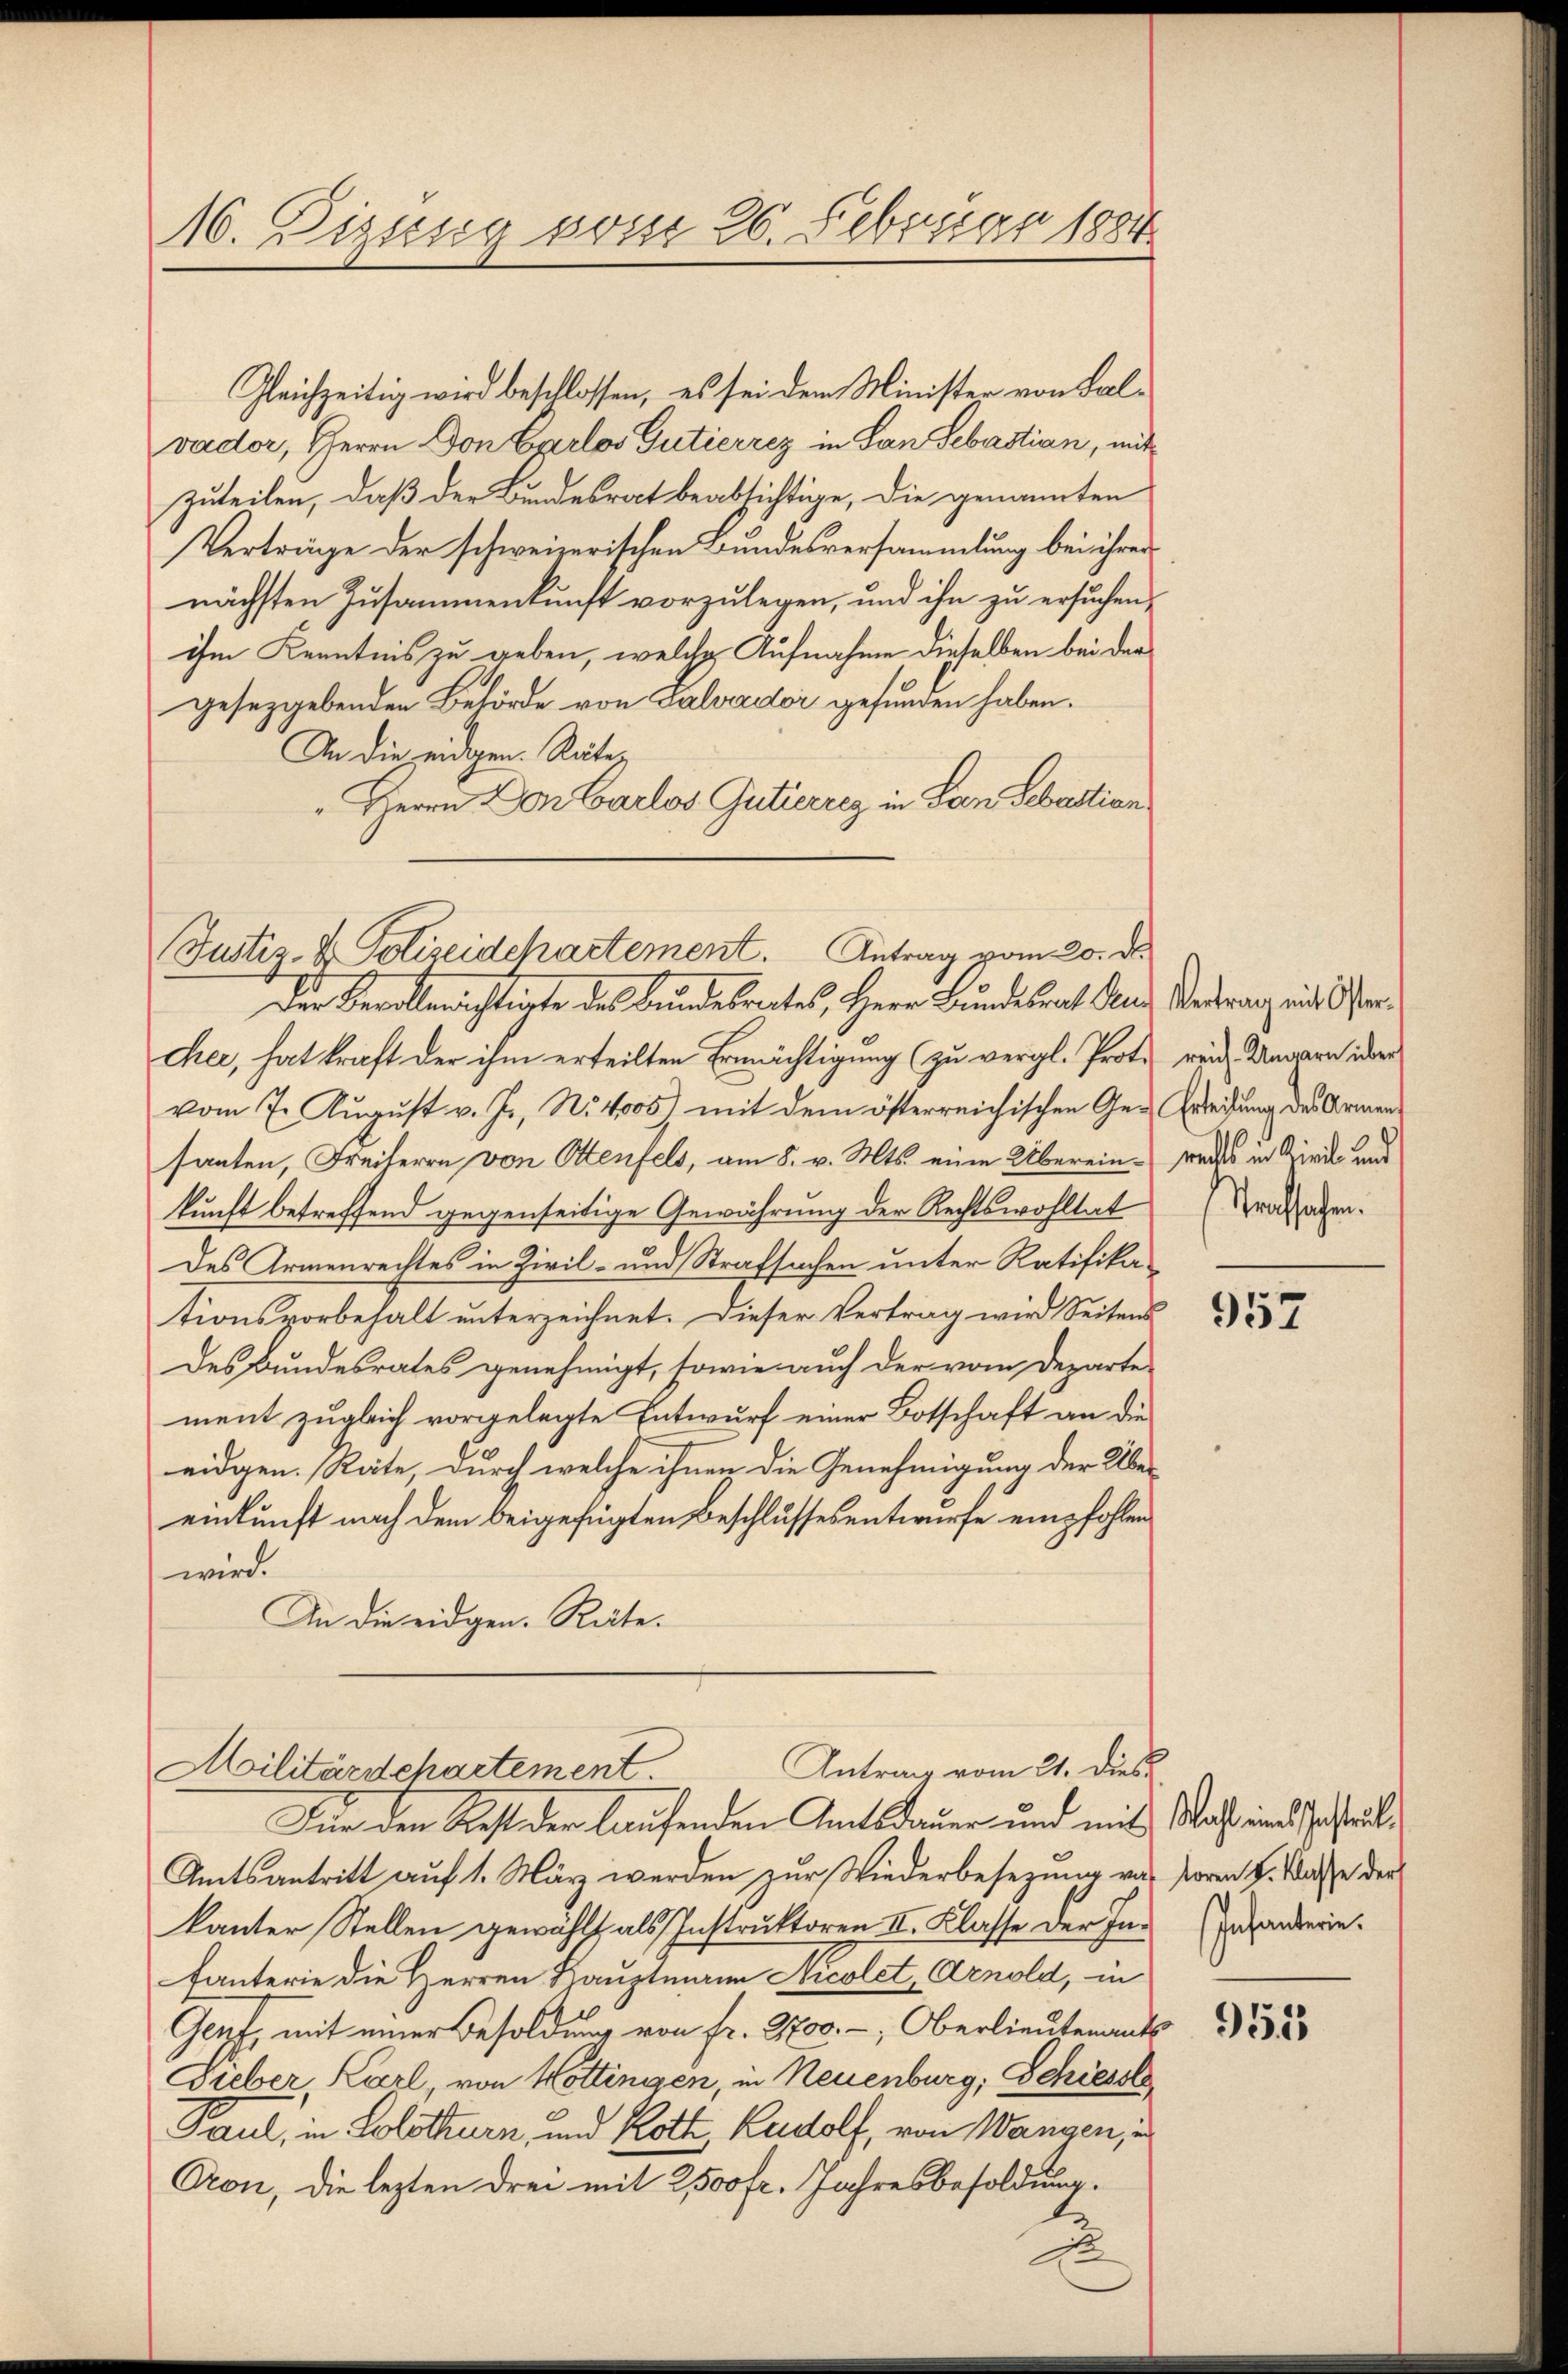
Gleichzeitig wird beschlossen, es sei dem Minister von Falvader, Herrn Don Carlos Gutierrez in San Sebastian, mit
zuteilen, daß der Bundesrat beabsichtige, die genannten
Verträge der schweizerischen Bundesversammlung bei ihrer
nächsten Zusammenkunft vorzulegen, und ihn zu ersuchen,
ihm Kenntnis zu geben, welche Aufnahme dieselben bei der
gesetzgebenden Behörde von Salvador gefunden haben.
An die eidgen. Räte¬
"Herrn Don Carlos Gutterrez in Lyon Sebastian

10. Dizung vom 26. Februar 1884

Justiz- & Polizeidchartement. Antrag vom 20. ds.
Der Bevollerichtigte des Bundesrates, Herr Bundesrat And. Verdrang mit er¬

chee, hat kraft der ihm erteilten Ermächtigung (zu vergl. Prote reich. Ungarn über
vom 7. August v. J., N. 4000) mit dem österreichischen Ge- Erweisung des Armen
santen, Freiherrn von Ottenfels, am 8. v. Mts. eine Überein weder in Kirch- und
kunft betreffend gegenseitige Gewährung der Rechtswohltat
Des Armenrechtes in Zivil- und Strafsachen unter Ratifikationsvorbehalt unterzeichnet. Dieser Vertrag wird Seitens
Des Bundesrates genehmigt, sowie auch der vom Departe
ment zugleich vorgelegte Entwurf einer Botschaft an die
eidgen. Räte, durch welche ihnen die Genehmigung der Über-
einkunft nach dem beigefügten Beschlussesentwurfe empfohlen
wird.
An die eidgen. Räte.

Antrag vom 21. Dies
Militärschartement
Für den Rest der laufenden Amtsdauer und mit Macht eine Gestal¬

Amtsantritt auf 1. März werden zur Wiederbesezung von Horen H. Wasse der
kanter Stellen gewählt als Instruktoren II. Klasse der Intanterie die Herren Hauptmann Nicolet, Arnold, in
Genf, mit einer Besoldung von fr. 2700.-, Oberlieutenants
Gieber, Karl, von Hottingen, in Neuenburg, Schiesse
Gaul, in Solothurn, und Roth, Rudolf, von Wangen, u
Pron, die lezten drei mit 2500 fr. Jahresbesoldung.
e

Nachsehen.

957

Infanterie.

955